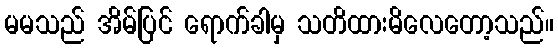
မမသည် အိမ်ပြင် ရောက်ခါမှ သတိထားမိလေတော့သည်။